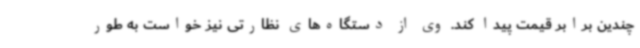
چندین برابر قیمت پیدا کند. وی از دستگاه‌های نظارتی نیز خواست به طور